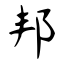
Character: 邦